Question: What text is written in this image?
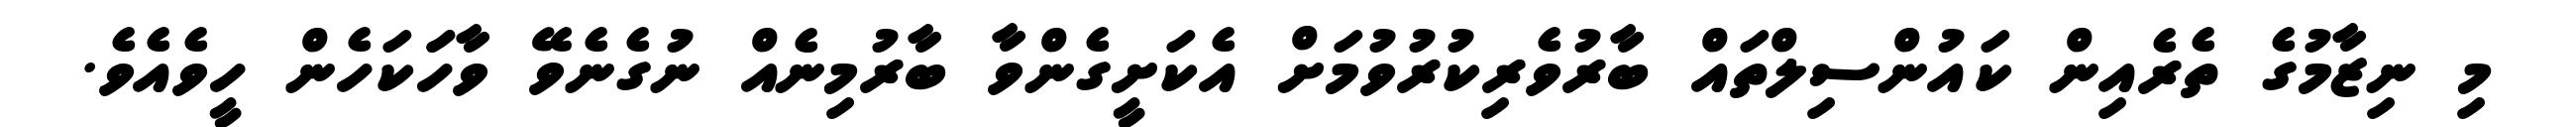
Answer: މި ނިޒާމުގެ ތެރެއިން ކައުންސިލްތައް ބާރުވެރިކުރުވުމަށް އެކަށީގެންވާ ބާރުމިނެއް ނުގެނެވޭ ވާހަަކަހެން ހީވެއެވެ.